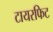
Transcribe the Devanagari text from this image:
टायरफिट